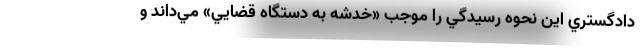
دادگستري اين نحوه رسيدگي را موجب «خدشه به دستگاه قضايي» مي‌داند و